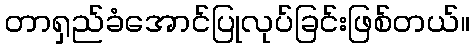
တာရှည်ခံအောင်ပြုလုပ်ခြင်းဖြစ်တယ်။